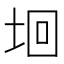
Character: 𡋙